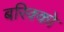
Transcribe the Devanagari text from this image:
बरिक्को